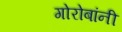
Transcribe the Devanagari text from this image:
गोरोबांनी